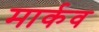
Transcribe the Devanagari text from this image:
मार्कव